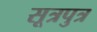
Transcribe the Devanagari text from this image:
सूत्रपुत्र